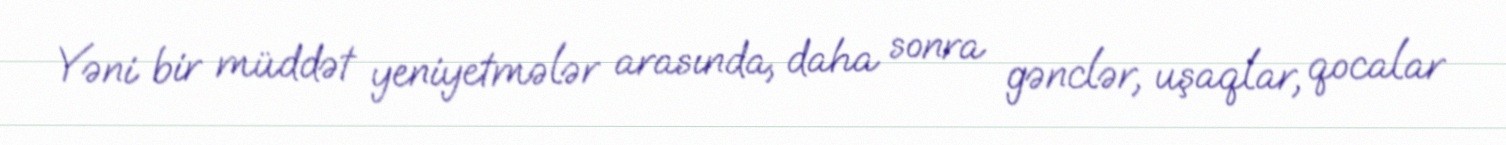
Yəni bir müddət yeniyetmələr arasında, daha sonra gənclər, uşaqlar, qocalar